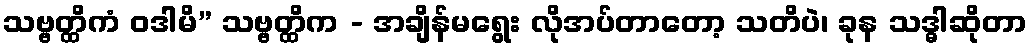
သဗ္ဗတ္ထိကံ ဝဒါမိ” သဗ္ဗတ္ထိက - အချိန်မရွေး လိုအပ်တာတော့ သတိပဲ၊ ခုန သဒ္ဓါဆိုတာ